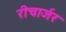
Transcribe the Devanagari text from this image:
रीचार्जर